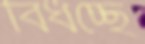
বিঁধচ্ছে